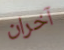
آخران